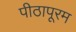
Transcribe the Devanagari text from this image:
पीठापूरम